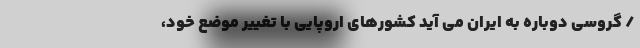
/ گروسی دوباره به ایران می‌ آید کشورهای اروپایی با تغییر موضع خود،